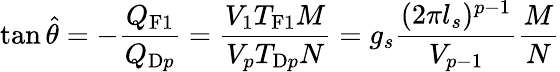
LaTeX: \tan\hat{\theta}=-\frac{Q_{\mathrm{F1}}}{Q_{\mathrm{D}p}}=\frac{V_{1}T_{\mathrm{F1}}M}{V_{p}T_{\mathrm{D}p}N}=g_{s}\frac{(2\pi l_{s})^{p-1}}{V_{p-1}}\frac{M}{N}